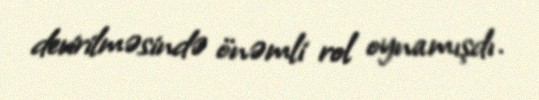
devirilməsində önəmli rol oynamışdı.